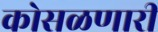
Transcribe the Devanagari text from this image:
कोसळणारी